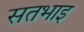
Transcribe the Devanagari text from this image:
सतभाइ